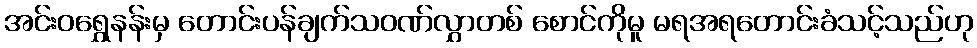
အင်းဝရွှေနန်းမှ တောင်းပန်ချက်သဝဏ်လွှာတစ် စောင်ကိုမူ မရအရတောင်းခံသင့်သည်ဟု